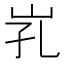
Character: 𱛒